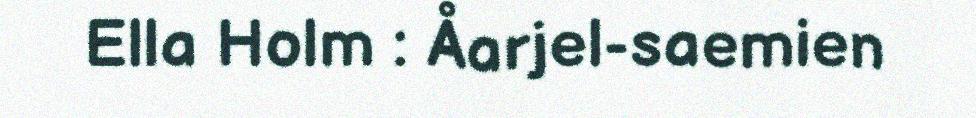
Ella Holm : Åarjel-saemien